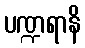
ပဏ္ဍရာနိ